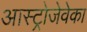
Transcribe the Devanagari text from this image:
आस्ट्रोजेवेका